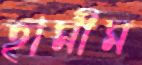
হামীম